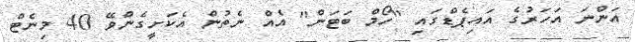
އަންނަ އަހަރުގެ އައިޕެޑްގައި "ހޯމް ބަޓަން" އެއް ނެތުން އެކަށީގެންވޭ 40 މިނެޓް